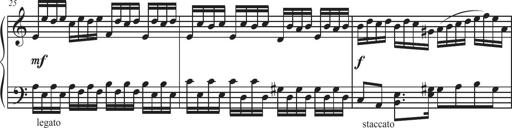
Title: Sonatina Espania
Composer: Jerald Franklin Archer
Key: Various